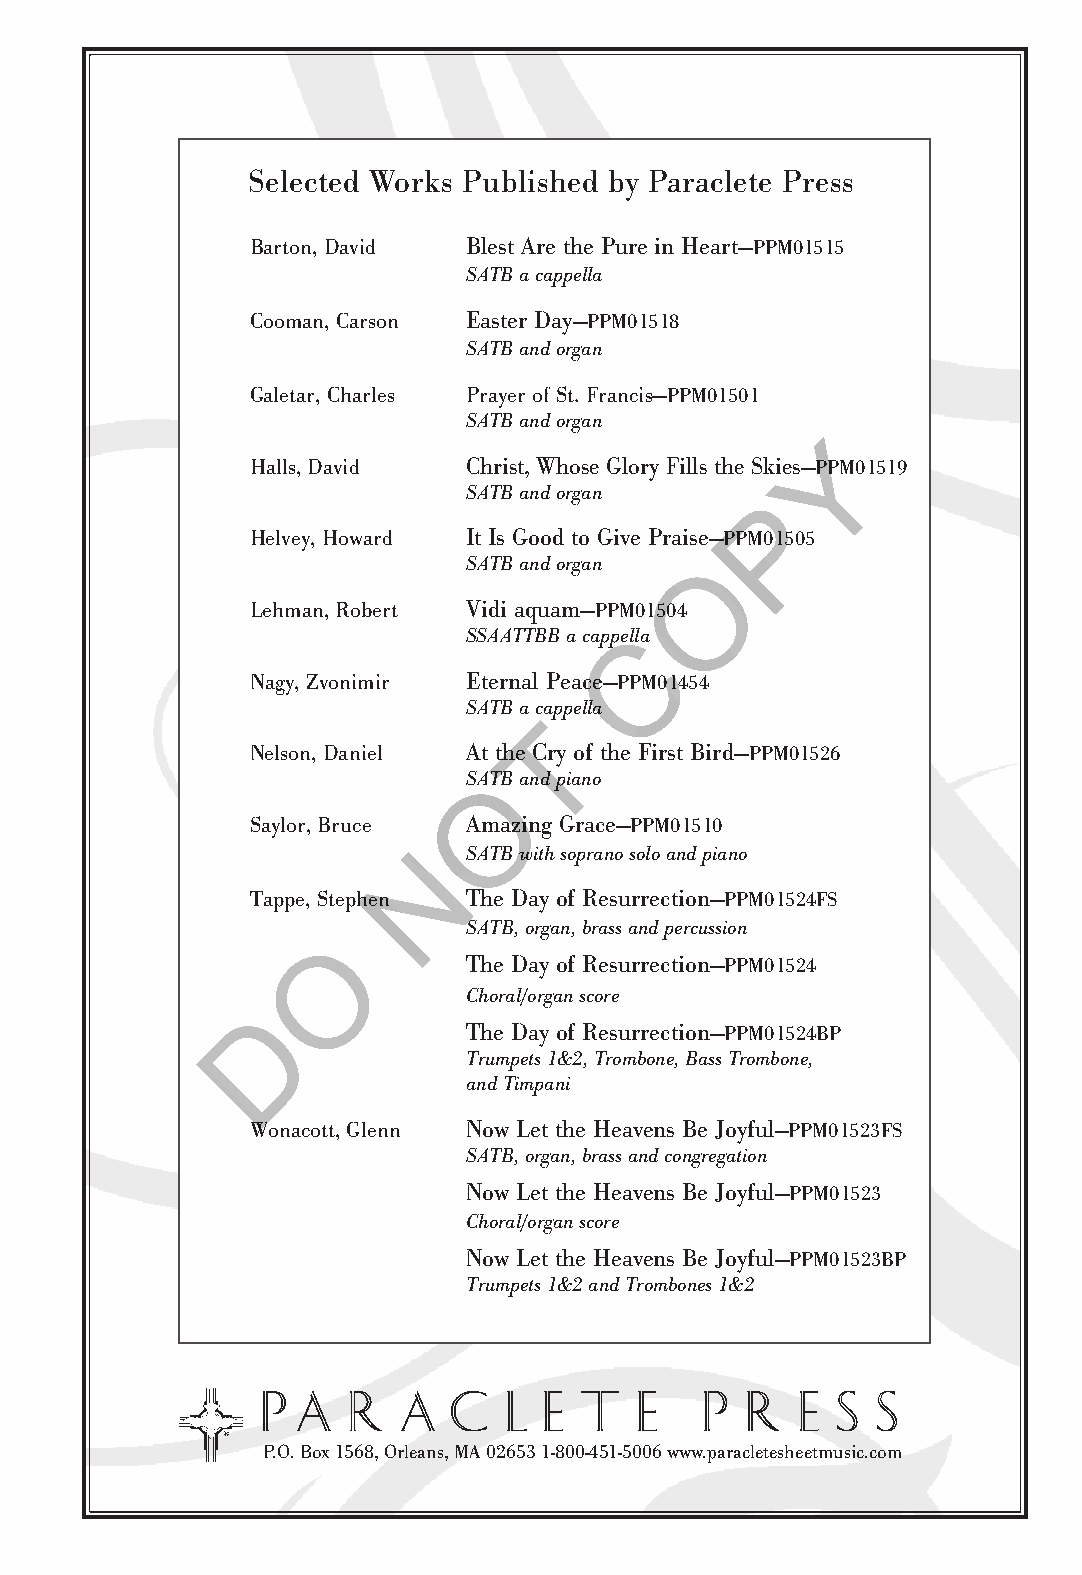
pp aa rr aa cc  ll ee tt ee  pp rr ee ss ss Lent/General
 PPM01514
 $1.70
 Selected Works Published by Paraclete Press
 Barton, David Blest Are the Pure in Heart—PPM01515
 SATB a cappella
 Cooman, Carson Easter Day —PPM01518
 SATB and organ
 Galetar, Charles Prayer of St. Francis—PPM01501
 SATB and organ                                             Deep            Peace
 Y
 Halls, David  Christ, Whose Glory Fills the Skies—PPM01519
 SATB and organ
 P
 Helvey, Howard It Is Good to Give Praise—PPM01505
 SATB and organ  O
 Lehman, Robert Vidi aquam—PPM01504
 SSAATTBB a cappellCa
 Nagy, Zvonimir Eternal Peace—PPM01454
 SATB a capp ella
 T
 Nelson, Daniel At the Cry of the First Bird—PPM01526
 SATB and piano
 O
 Saylor, Bruce Amazing Grace—PPM01510
 David      Barton
 N  SATB with soprano solo and piano
 Tappe, Stephen The Day of Resurrection—PPM01524FS
 SATB, organ, brass and percussion
 O
 The Day of Resurrection—PPM01524
 Choral/organ score
 D
 The Day of Resurrection—PPM01524BP                   Solo/unison   voice(s) and piano  (or organ)
 Trumpets 1&2, Trombone, Bass Trombone,
 and Timpani                                                    with  optional 2nd  part
 Wonacott, Glenn Now Let the Heavens Be Joyful—PPM01523FS
 SATB, organ, brass and congregation
 Now Let the Heavens Be Joyful—PPM01523
 Choral/organ score
 Now Let the Heavens Be Joyful—PPM01523BP
 Trumpets 1&2 and Trombones 1&2
 p a   r  a   c  l  e t   e   p  r   e s  s
 P.O. Box 1568, Orleans, MA 02653 1-800-451-5006 www.paracletesheetmusic.com